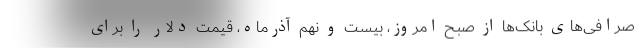
صرافی‌های بانک‌ها از صبح امروز، بیست و نهم آذرماه، قیمت دلار را برای